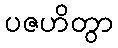
ပဇဟိတွာ